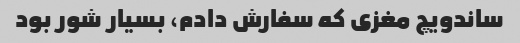
ساندویچ مغزی که سفارش دادم، بسیار شور بود